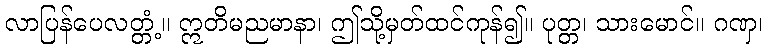
လာပြန်ပေလတ္တံ့။ ဣတိမညမာနာ၊ ဤသို့မှတ်ထင်ကုန်၍။ ပုတ္တ၊ သားမောင်။ ဂဏှ၊